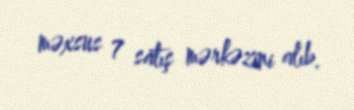
məxsus 7 satış mərkəzini alıb.